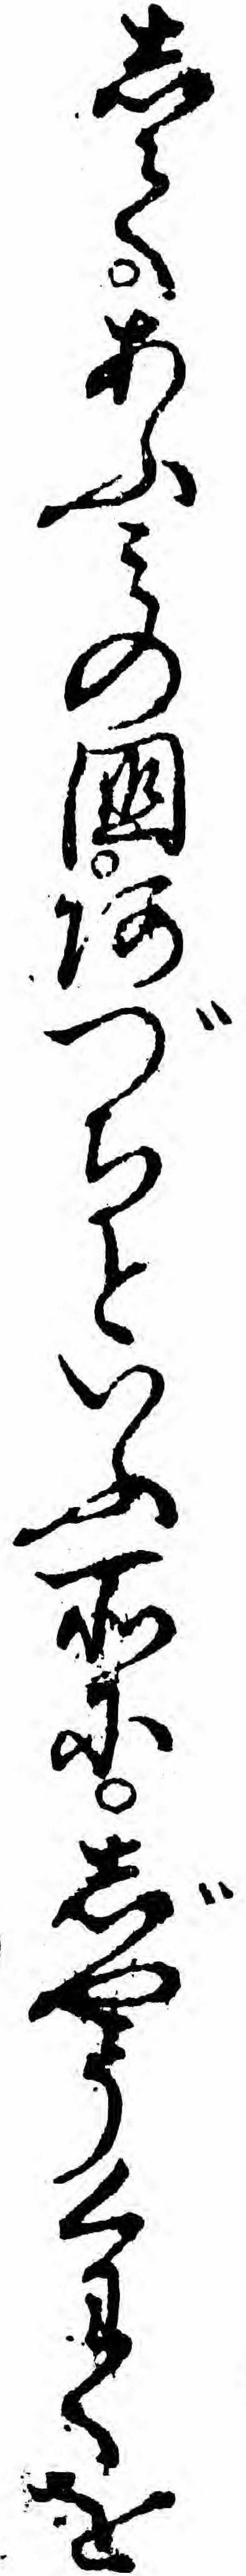
してあふミの国あづちといふ所にじやうくわくを